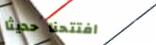
افتتحنا حديثاً